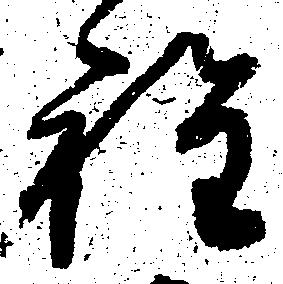
程